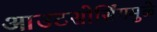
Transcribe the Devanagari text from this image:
आउटसोर्सिंगमुळे